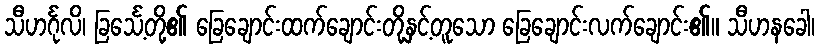
သီဟင်္ဂုလိ၊ ခြင်္သေ့တို့၏ ခြေချောင်းထက်ချောင်းတို့နှင့်တူသော ခြေချောင်းလက်ချောင်း၏။ သီဟနခေါ၊